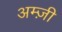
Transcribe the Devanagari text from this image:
अम्ज़ी